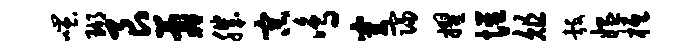
嗤瑚艮晷肌宗鸣穿寝擢惺俎彀媪柢